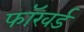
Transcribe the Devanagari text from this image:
फाॅरवर्ड